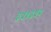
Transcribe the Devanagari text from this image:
३५१३५२